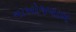
નાખોજવાબ